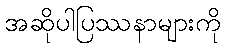
အဆိုပါပြဿနာများကို